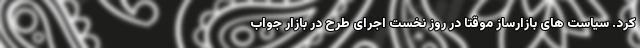
کرد. سیاست های بازارساز موقتا در روز نخست اجرای طرح در بازار جواب